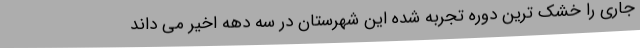
جاری را خشک ترین دوره تجربه شده این شهرستان در سه دهه اخیر می داند